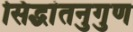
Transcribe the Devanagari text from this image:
सिद्धांतनुगुण